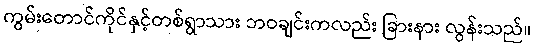
ကွမ်းတောင်ကိုင်နှင့်တစ်ရွာသား ဘဝချင်းကလည်း ခြားနား လွန်းသည်။